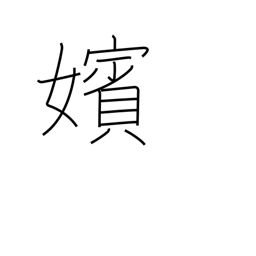
Meaning: marriage